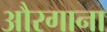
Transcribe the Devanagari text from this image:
औरगाना